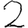
Digit: 2